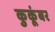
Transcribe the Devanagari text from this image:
कुकूंबर